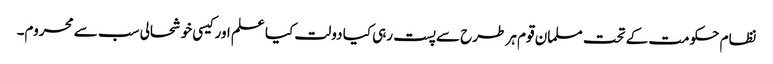
نظام حکومت کے تحت مسلمان قوم ہر طرح سے پست رہی کیا دولت کیا علم اور کیسی خوشحالی سب سے محروم۔